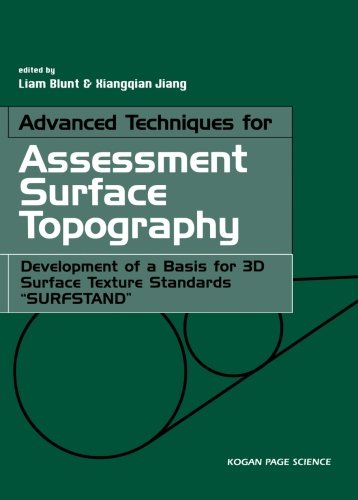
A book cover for Advanced Techniques for Assessment Surface Topography: Development of a Basis for 3D Surface Texture Standards "Surfstand"; Liam Blunt; Engineering & Transportation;